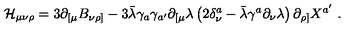
{ \cal H } _ { \mu \nu \rho } = 3 \partial _ { [ \mu } B _ { \nu \rho ] } - 3 \bar { \lambda } \gamma _ { a } \gamma _ { a ^ { \prime } } \partial _ { [ \mu } \lambda \left( 2 \delta _ { \nu } ^ { a } - \bar { \lambda } \gamma ^ { a } \partial _ { \nu } \lambda \right) \partial _ { \rho ] } X ^ { a ^ { \prime } } \ .